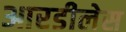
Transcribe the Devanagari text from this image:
आरडीलेस